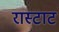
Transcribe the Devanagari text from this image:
रास्टाट